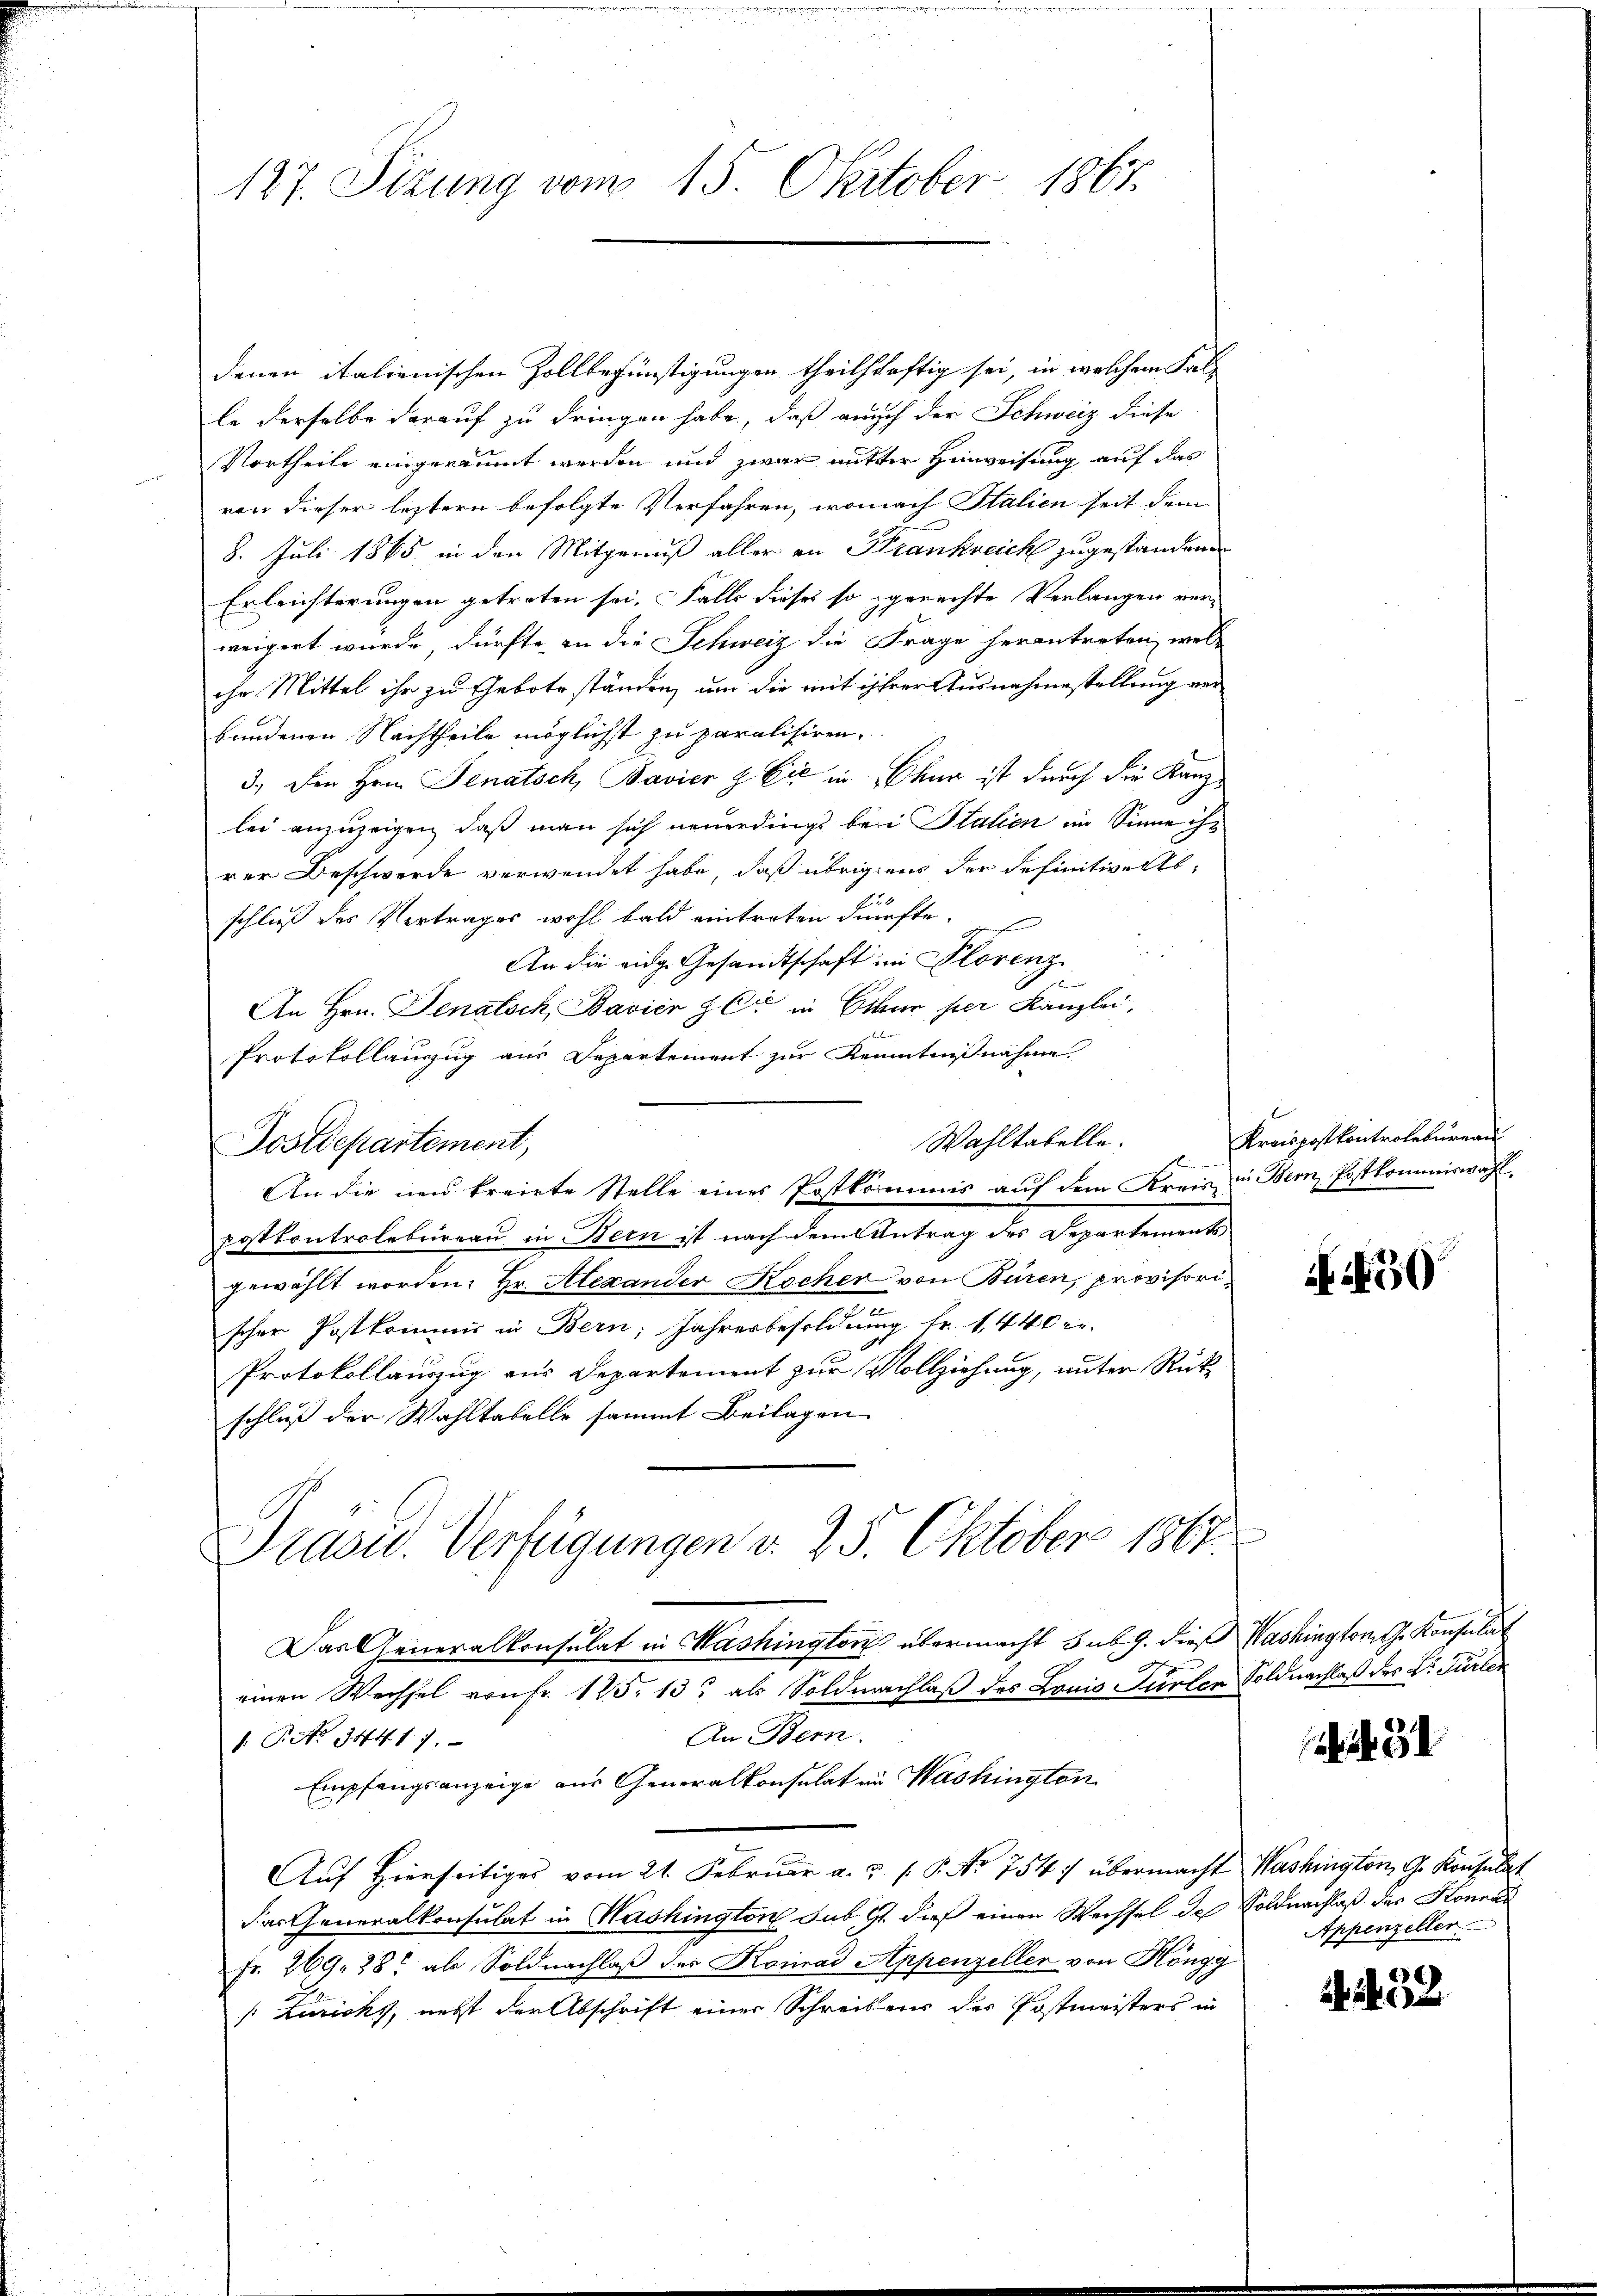
127. Sizung vom 15. Oktober 1867.

denen italienischen Zollbegünstigungen theilschaftig sei, in welchem Fal-
le derselbe darauf zu dringen habe, daß auch der Schweiz diese
Vortheile eingeräumt werden und zwar mitter Hinweisung auf das
von dieser leztern befolgte Verfahren, wonach Italien seit dem
8. Juli 1865 in den Mitgenuß aller an Krankreich zugestandene
Erleichterungen getreten sei. Falls dieses so gerechte Verlangen verweigert wurde, dürfte, in die Schweiz die Frage herantreten, wel-
ihr Mittel ihr zu Gebote ständen, um die mit ihrer Ausnahmestellung verbandenen Nachtheile möglichst zu paralisiren.
3.) Den Hrn. Senatsch, Bavier & Cie in Chur ist durch die Kanzlei anzuzeigen, daß man sich neuerdings bei Stalien im Sinne ihr
rer Beschwerde verwendet habe, daß übrigens der definitivelte,
schluß des Vertrages wohl bald eintreten dürfte.
An die eidg. Gesandtschaft im Florenz
An Hrn. Senatsch, Bavier & Cie in Chur per Kanzlei,

Protokollauzug aus Departement zur Kenntnißnahme.
Wahltabelle.
An die neu kreiete Stelle eines Postkommis aŭf dem Kreis in Bern Postkommiswahl.
postkontrolbureau in Bern ist nach dem Antrag des Departements
gewählt worden. Hr. Alexander Kocher von Büren, provisorischer Postkommis in Bern; Jahresbesoldung fr. 1440 er
Protokollauszug aus Departement zur Vollziehung, unter Rückschluß der Wahltabelle sammt Beilagen
Präsid.. Verfügungen d. 25. Oktober 1867.
Das Generalkonsulat in Washington übermacht sub. 9. dieß Washington G. Konsulat
einen Wechsel von Fr. 125. 13 als Soldnachlaß des Louis Fürler Soldnachlaß des Dr. Fürler
An Bern.
1. No 14417.
Empfangsanzeige aus Generalkonsulat in Washington
Aŭf Hierseitiges vom 21. Febrŭar a. u. s. P. No 754. übermacht Washington G. Konsulat
das Generalkonsulat in Washington sub. 9. dieß einen Wechsel des Soldnachlaß des Konrad
Fr. 269. 28 als Soldnachlaβ der Konrad Appenzeller von Höngg
Zurichs, nebst der Abschrift einer Schreibens der Postmeisters in

Postdepartement,

Kreispostkontrolbureau
.

50

i 31

Appenzeller

32